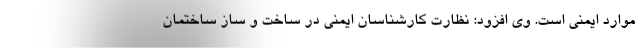
موارد ایمنی است. وی افزود: نظارت کارشناسان ایمنی در ساخت و ساز ساختمان